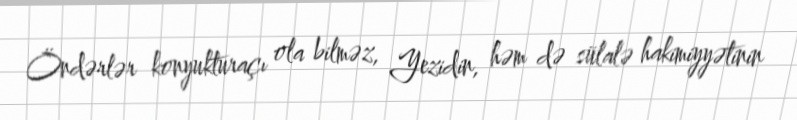
Öndərlər konyukturaçı ola bilməz, Yezidin, həm də sülalə hakimiyyətinin